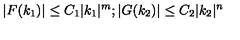
| F ( k _ { 1 } ) | \leq C _ { 1 } | k _ { 1 } | ^ { m } ; | G ( k _ { 2 } ) | \leq C _ { 2 } | k _ { 2 } | ^ { n }